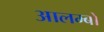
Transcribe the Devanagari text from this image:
आलम्बों